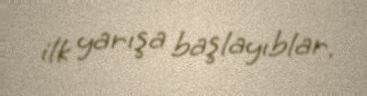
ilk yarışa başlayıblar.